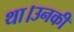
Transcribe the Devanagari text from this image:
था।उनकी